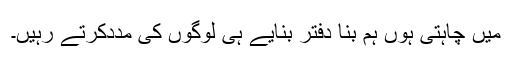
میں چاہتی ہوں ہم بنا دفتر بنایے ہی لوگوں کی مددکرتے رہیں۔